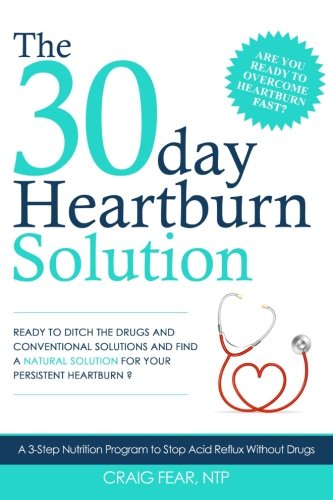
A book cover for The 30 Day Heartburn Solution: A 3-Step Nutrition Program to Stop Acid Reflux Without Drugs; Craig Fear; Health, Fitness & Dieting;